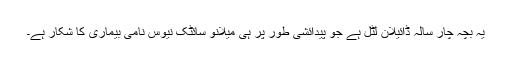
یہ بچہ چار سالہ ڈائیلان لٹل ہے جو پیدائشی طور پر ہی میلانو سائٹک نیوس نامی بیماری کا شکار ہے۔